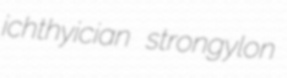
ichthyician strongylon